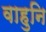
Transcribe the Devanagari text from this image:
वाहुनि